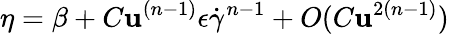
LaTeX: \eta=\beta+C\mathbf{u}^{(n-1)}\epsilon\dot{{\gamma}}^{n-1}+O(C\mathbf{u}^{2(n-1)})